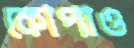
কোপাও